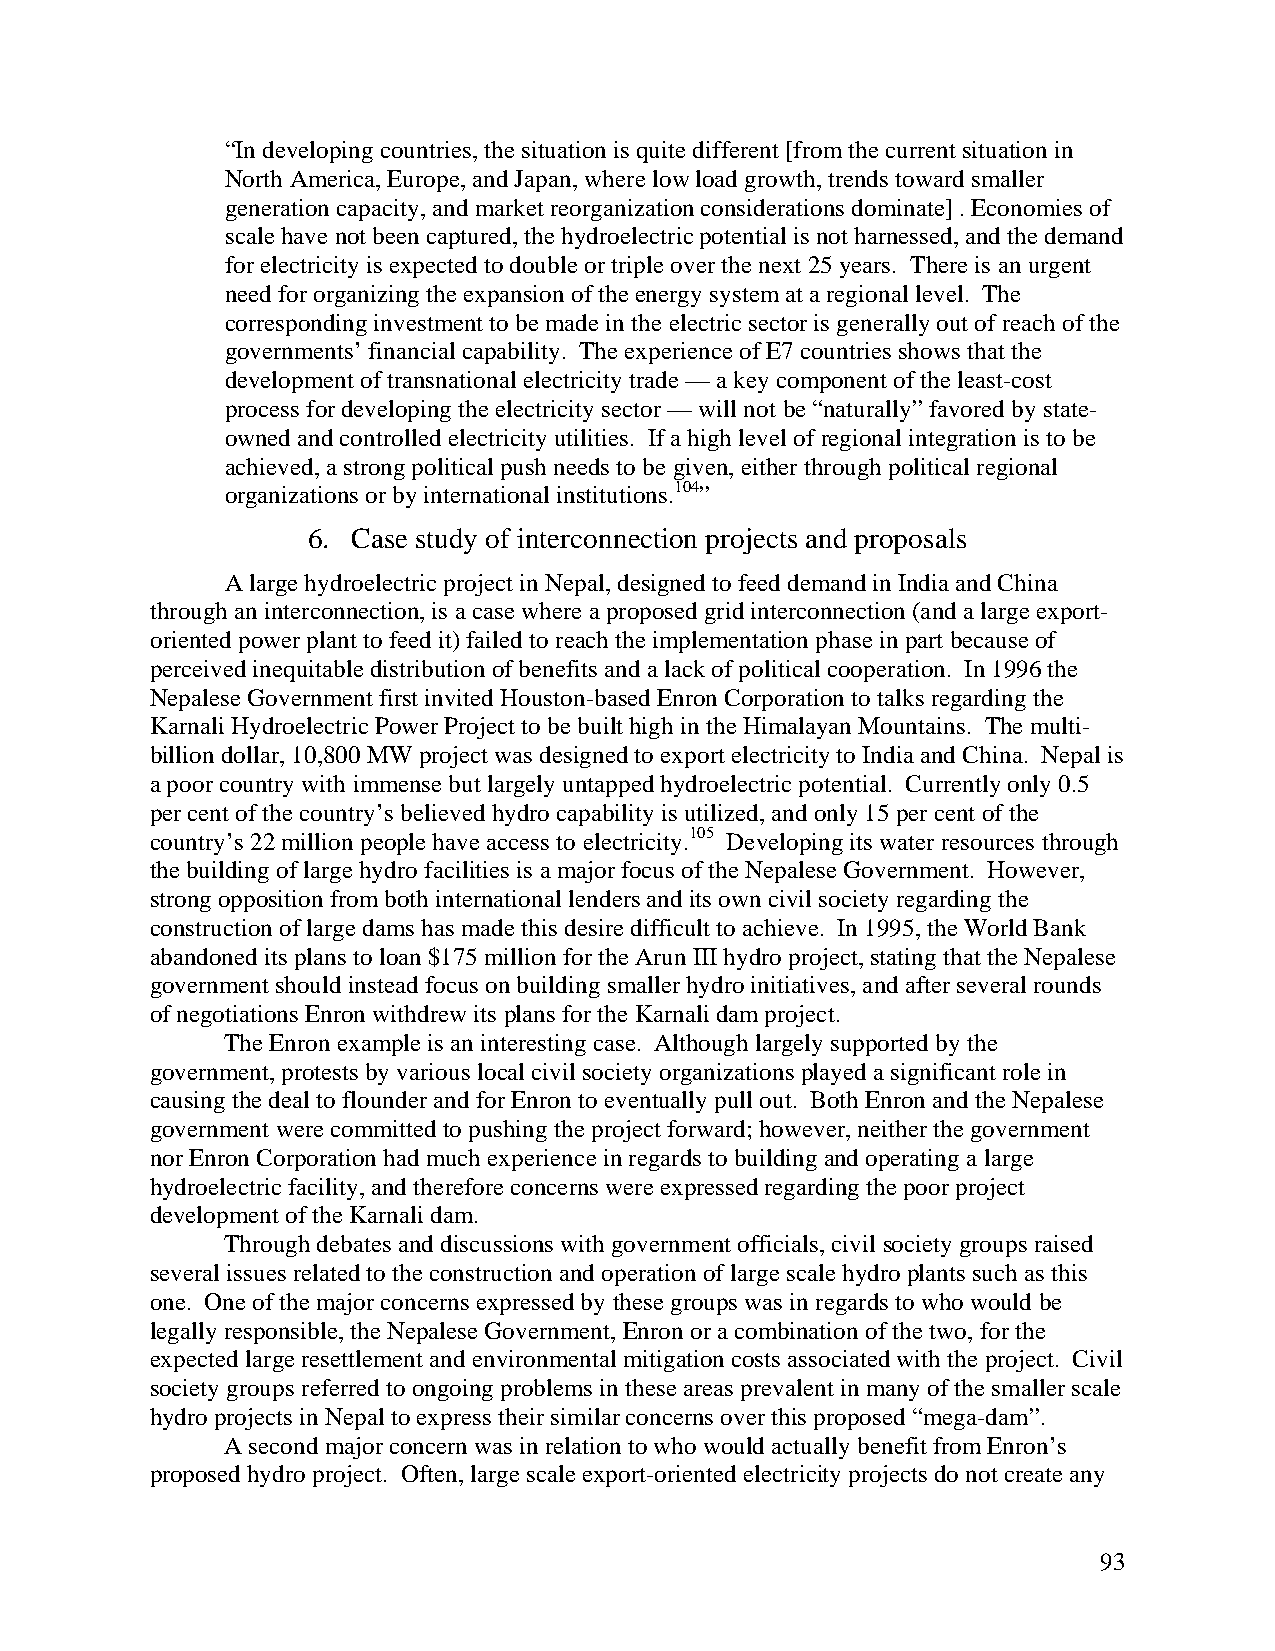
“In developing countries, the situation is quite different [from the current situation in
 North America, Europe, and Japan, where low load growth, trends toward smaller
 generation capacity, and market reorganization considerations dominate] . Economies of
 scale have not been captured, the hydroelectric potential is not harnessed, and the demand
 for electricity is expected to double or triple over the next 25 years. There is an urgent
 need for organizing the expansion of the energy system at a regional level. The
 corresponding investment to be made in the electric sector is generally out of reach of the
 governments’ financial capability. The experience of E7 countries shows that the
 development of transnational electricity trade — a key component of the least-cost
 process for developing the electricity sector — will not be “naturally” favored by state-
 owned and controlled electricity utilities. If a high level of regional integration is to be
 achieved, a strong political push needs to be given, either through political regional
 organizations or by international institutions.104”
 6. Case study of interconnection projects and proposals
 A large hydroelectric project in Nepal, designed to feed demand in India and China
 through an interconnection, is a case where a proposed grid interconnection (and a large export-
 oriented power plant to feed it) failed to reach the implementation phase in part because of
 perceived inequitable distribution of benefits and a lack of political cooperation. In 1996 the
 Nepalese Government first invited Houston-based Enron Corporation to talks regarding the
 Karnali Hydroelectric Power Project to be built high in the Himalayan Mountains. The multi-
 billion dollar, 10,800 MW project was designed to export electricity to India and China. Nepal is
 a poor country with immense but largely untapped hydroelectric potential. Currently only 0.5
 per cent of the country’s believed hydro capability is utilized, and only 15 per cent of the
 country’s 22 million people have access to electricity.105 Developing its water resources through
 the building of large hydro facilities is a major focus of the Nepalese Government. However,
 strong opposition from both international lenders and its own civil society regarding the
 construction of large dams has made this desire difficult to achieve. In 1995, the World Bank
 abandoned its plans to loan $175 million for the Arun III hydro project, stating that the Nepalese
 government should instead focus on building smaller hydro initiatives, and after several rounds
 of negotiations Enron withdrew its plans for the Karnali dam project.
 The Enron example is an interesting case. Although largely supported by the
 government, protests by various local civil society organizations played a significant role in
 causing the deal to flounder and for Enron to eventually pull out. Both Enron and the Nepalese
 government were committed to pushing the project forward; however, neither the government
 nor Enron Corporation had much experience in regards to building and operating a large
 hydroelectric facility, and therefore concerns were expressed regarding the poor project
 development of the Karnali dam.
 Through debates and discussions with government officials, civil society groups raised
 several issues related to the construction and operation of large scale hydro plants such as this
 one. One of the major concerns expressed by these groups was in regards to who would be
 legally responsible, the Nepalese Government, Enron or a combination of the two, for the
 expected large resettlement and environmental mitigation costs associated with the project. Civil
 society groups referred to ongoing problems in these areas prevalent in many of the smaller scale
 hydro projects in Nepal to express their similar concerns over this proposed “mega-dam”.
 A second major concern was in relation to who would actually benefit from Enron’s
 proposed hydro project. Often, large scale export-oriented electricity projects do not create any
 93